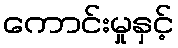
ကောင်းမှုနှင့်